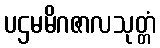
ပဌမမိဂဇာလသုတ္တံ